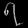
Digit: ၇